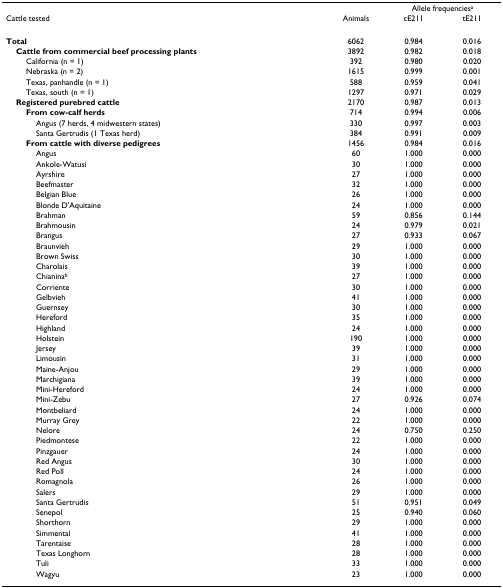
<table><thead><tr><td></td><td></td><td colspan="2"><b>Allele frequencies<sup>a</sup></b></td></tr><tr><td><b>Cattle tested</b></td><td><b>Animals</b></td><td><b>cE211</b></td><td><b>tE211</b></td></tr></thead><tbody><tr><td><b>Total</b></td><td>6062</td><td>0.984</td><td>0.016</td></tr><tr><td> <b>Cattle from commercial beef processing plants</b></td><td>3892</td><td>0.982</td><td>0.018</td></tr><tr><td>California (n = 1)</td><td>392</td><td>0.980</td><td>0.020</td></tr><tr><td>Nebraska (n = 2)</td><td>1615</td><td>0.999</td><td>0.001</td></tr><tr><td>Texas, panhandle (n = 1)</td><td>588</td><td>0.959</td><td>0.041</td></tr><tr><td>Texas, south (n = 1)</td><td>1297</td><td>0.971</td><td>0.029</td></tr><tr><td> <b>Registered purebred cattle</b></td><td>2170</td><td>0.987</td><td>0.013</td></tr><tr><td><b>From cow-calf herds</b></td><td>714</td><td>0.994</td><td>0.006</td></tr><tr><td>Angus (7 herds, 4 midwestern states)</td><td>330</td><td>0.997</td><td>0.003</td></tr><tr><td>Santa Gertrudis (1 Texas herd)</td><td>384</td><td>0.991</td><td>0.009</td></tr><tr><td><b>From cattle with diverse pedigrees</b></td><td>1456</td><td>0.984</td><td>0.016</td></tr><tr><td>Angus</td><td>60</td><td>1.000</td><td>0.000</td></tr><tr><td>Ankole-Watusi</td><td>30</td><td>1.000</td><td>0.000</td></tr><tr><td>Ayrshire</td><td>27</td><td>1.000</td><td>0.000</td></tr><tr><td>Beefmaster</td><td>32</td><td>1.000</td><td>0.000</td></tr><tr><td>Belgian Blue</td><td>26</td><td>1.000</td><td>0.000</td></tr><tr><td>Blonde D&#x27;Aquitaine</td><td>24</td><td>1.000</td><td>0.000</td></tr><tr><td>Brahman</td><td>59</td><td>0.856</td><td>0.144</td></tr><tr><td>Brahmousin</td><td>24</td><td>0.979</td><td>0.021</td></tr><tr><td>Brangus</td><td>27</td><td>0.933</td><td>0.067</td></tr><tr><td>Braunvieh</td><td>29</td><td>1.000</td><td>0.000</td></tr><tr><td>Brown Swiss</td><td>30</td><td>1.000</td><td>0.000</td></tr><tr><td>Charolais</td><td>39</td><td>1.000</td><td>0.000</td></tr><tr><td>Chianina<sup>b</sup></td><td>27</td><td>1.000</td><td>0.000</td></tr><tr><td>Corriente</td><td>30</td><td>1.000</td><td>0.000</td></tr><tr><td>Gelbvieh</td><td>41</td><td>1.000</td><td>0.000</td></tr><tr><td>Guernsey</td><td>30</td><td>1.000</td><td>0.000</td></tr><tr><td>Hereford</td><td>35</td><td>1.000</td><td>0.000</td></tr><tr><td>Highland</td><td>24</td><td>1.000</td><td>0.000</td></tr><tr><td>Holstein</td><td>190</td><td>1.000</td><td>0.000</td></tr><tr><td>Jersey</td><td>39</td><td>1.000</td><td>0.000</td></tr><tr><td>Limousin</td><td>31</td><td>1.000</td><td>0.000</td></tr><tr><td>Maine-Anjou</td><td>29</td><td>1.000</td><td>0.000</td></tr><tr><td>Marchigiana</td><td>39</td><td>1.000</td><td>0.000</td></tr><tr><td>Mini-Hereford</td><td>24</td><td>1.000</td><td>0.000</td></tr><tr><td>Mini-Zebu</td><td>27</td><td>0.926</td><td>0.074</td></tr><tr><td>Montbeliard</td><td>24</td><td>1.000</td><td>0.000</td></tr><tr><td>Murray Grey</td><td>22</td><td>1.000</td><td>0.000</td></tr><tr><td>Nelore</td><td>24</td><td>0.750</td><td>0.250</td></tr><tr><td>Piedmontese</td><td>22</td><td>1.000</td><td>0.000</td></tr><tr><td>Pinzgauer</td><td>24</td><td>1.000</td><td>0.000</td></tr><tr><td>Red Angus</td><td>30</td><td>1.000</td><td>0.000</td></tr><tr><td>Red Poll</td><td>24</td><td>1.000</td><td>0.000</td></tr><tr><td>Romagnola</td><td>26</td><td>1.000</td><td>0.000</td></tr><tr><td>Salers</td><td>29</td><td>1.000</td><td>0.000</td></tr><tr><td>Santa Gertrudis</td><td>51</td><td>0.951</td><td>0.049</td></tr><tr><td>Senepol</td><td>25</td><td>0.940</td><td>0.060</td></tr><tr><td>Shorthorn</td><td>29</td><td>1.000</td><td>0.000</td></tr><tr><td>Simmental</td><td>41</td><td>1.000</td><td>0.000</td></tr><tr><td>Tarentaise</td><td>28</td><td>1.000</td><td>0.000</td></tr><tr><td>Texas Longhorn</td><td>28</td><td>1.000</td><td>0.000</td></tr><tr><td>Tuli</td><td>33</td><td>1.000</td><td>0.000</td></tr><tr><td>Wagyu</td><td>23</td><td>1.000</td><td>0.000</td></tr></tbody></table>